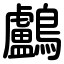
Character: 鸕